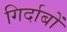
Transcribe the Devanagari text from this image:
गिर्दाबों